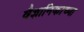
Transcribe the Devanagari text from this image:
वैज्ञानिकाच्या